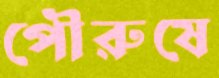
পৌরুষে